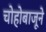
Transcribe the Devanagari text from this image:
चोहोबाजूने